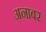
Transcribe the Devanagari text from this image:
अनाबर